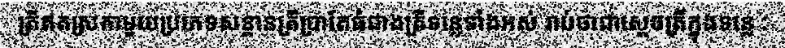
ត្រីឥតស្រកាមួយប្រភេទសន្តានត្រីប្រាតែធំជាងត្រីទន្លេទាំងអស់ រាប់ថាជាស្តេចត្រីក្នុងទន្លេ :